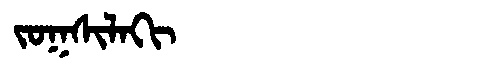
Manchu: ᠵᠣᡴᠰᡳᠯᠠᡴᡳ
Romanization: JOKSILAKI